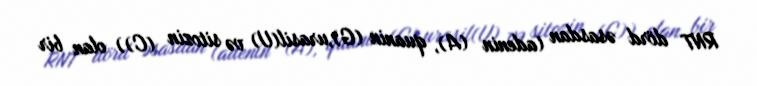
RNT dörd əsasdan (adenin (A), quanin (G),urasil(U) və sitozin (C)) olan bir